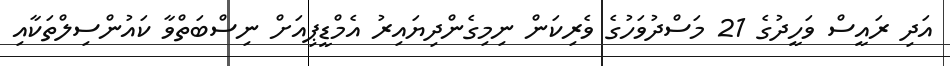
އަދި ރައީސް ވަހީދުގެ 21 މަސްދުވަހުގެ ވެރިކަން ނިމިގެންދިޔައިރު އެމްޑީޕިއަށް ނިސްބަތްވާ ކައުންސިލްތަކާއި